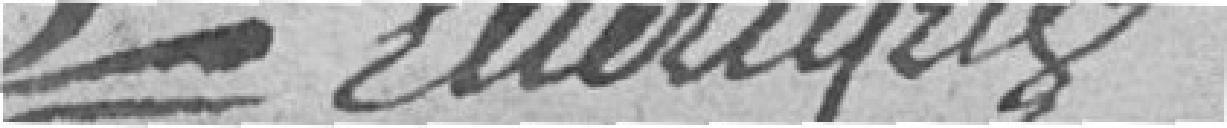
Elleriques